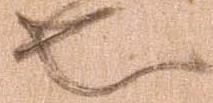
也